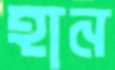
হান